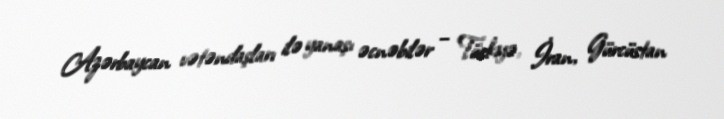
Azərbaycan vətəndaşları ilə yanaşı əcnəbilər – Türkiyə, İran, Gürcüstan